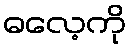
ဓလေ့ကို